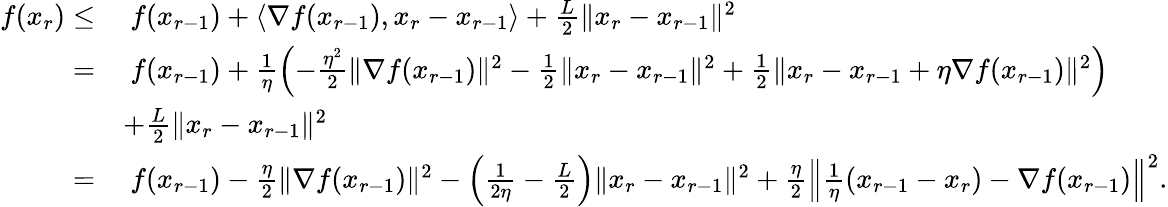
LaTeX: \begin{array}{rl}{f(x_{r})\leq}&{\ f(x_{r-1})+\langle\nabla f(x_{r-1}),x_{r}-x_{r-1}\rangle+\frac{L}{2}\| x_{r}-x_{r-1}\| ^{2}}\\ {=}&{\ f(x_{r-1})+\frac{1}{\eta}\left(-\frac{\eta^{2}}{2}\| \nabla f(x_{r-1})\| ^{2}-\frac{1}{2}\| x_{r}-x_{r-1}\| ^{2}+\frac{1}{2}\| x_{r}-x_{r-1}+\eta\nabla f(x_{r-1})\| ^{2}\right)}\\ &{+\frac{L}{2}\| x_{r}-x_{r-1}\| ^{2}}\\ {=}&{\ f(x_{r-1})-\frac{\eta}{2}\| \nabla f(x_{r-1})\| ^{2}-\left(\frac{1}{2\eta}-\frac{L}{2}\right)\| x_{r}-x_{r-1}\| ^{2}+\frac{\eta}{2}\left\| \frac{1}{\eta}(x_{r-1}-x_{r})-\nabla f(x_{r-1})\right\| ^{2}.}\end{array}